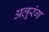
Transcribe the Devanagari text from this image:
अलूरंग